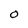
Character: 0